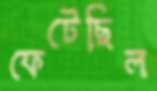
ফেটেছিল